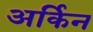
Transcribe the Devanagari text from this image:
अर्किन